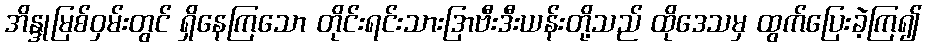
အိန္ဒုမြစ်ဝှမ်းတွင် ရှိနေကြသော တိုင်းရင်းသားဒြာဗီးဒီးယန်းတို့သည် ထိုဒေသမှ ထွက်ပြေးခဲ့ကြ၍